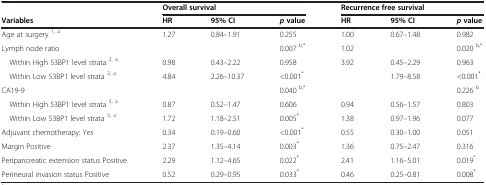
<table><thead><tr><td><b> </b></td><td colspan="3"><b>Overall survival</b></td><td colspan="3"><b>Recurrence free survival</b></td></tr><tr><td><b>Variables</b></td><td><b>HR</b></td><td><b>95% CI</b></td><td><b><i>p </i>value</b></td><td><b>HR</b></td><td><b>95% CI</b></td><td><b><i>p </i>value</b></td></tr></thead><tbody><tr><td>Age at surgery <sup>1, a</sup></td><td>1.27</td><td>0.84–1.91</td><td>0.255</td><td>1.00</td><td>0.67–1.48</td><td>0.982</td></tr><tr><td>Lymph node ratio</td><td> </td><td> </td><td>0.007 <sup>b,*</sup></td><td>1.02</td><td> </td><td>0.020 <sup>b,*</sup></td></tr><tr><td> Within High 53BP1 level strata <sup>2, a</sup></td><td>0.98</td><td>0.43–2.22</td><td>0.958</td><td>3.92</td><td>0.45–2.29</td><td>0.963</td></tr><tr><td> Within Low 53BP1 level strata <sup>2, a</sup></td><td>4.84</td><td>2.26–10.37</td><td>&lt;0.001<sup>*</sup></td><td> </td><td>1.79–8.58</td><td>&lt;0.001<sup>*</sup></td></tr><tr><td>CA19-9</td><td> </td><td> </td><td>0.040 <sup>b,*</sup></td><td> </td><td> </td><td>0.226 <sup>b</sup></td></tr><tr><td> Within High 53BP1 level strata <sup>3, a</sup></td><td>0.87</td><td>0.52–1.47</td><td>0.606</td><td>0.94</td><td>0.56–1.57</td><td>0.803</td></tr><tr><td> Within Low 53BP1 level strata <sup>3, a</sup></td><td>1.72</td><td>1.18–2.51</td><td>0.005<sup>*</sup></td><td>1.38</td><td>0.97–1.96</td><td>0.077</td></tr><tr><td>Adjuvant chemotherapy: Yes</td><td>0.34</td><td>0.19–0.60</td><td>&lt;0.001<sup>*</sup></td><td>0.55</td><td>0.30–1.00</td><td>0.051</td></tr><tr><td>Margin Positive</td><td>2.37</td><td>1.35–4.14</td><td>0.003<sup>*</sup></td><td>1.36</td><td>0.75–2.47</td><td>0.316</td></tr><tr><td>Peripancreatic extension status Positive</td><td>2.29</td><td>1.12–4.65</td><td>0.022<sup>*</sup></td><td>2.41</td><td>1.16–5.01</td><td>0.019<sup>*</sup></td></tr><tr><td>Perineural invasion status Positive</td><td>0.52</td><td>0.29–0.95</td><td>0.033<sup>*</sup></td><td>0.46</td><td>0.25–0.81</td><td>0.008<sup>*</sup></td></tr></tbody></table>